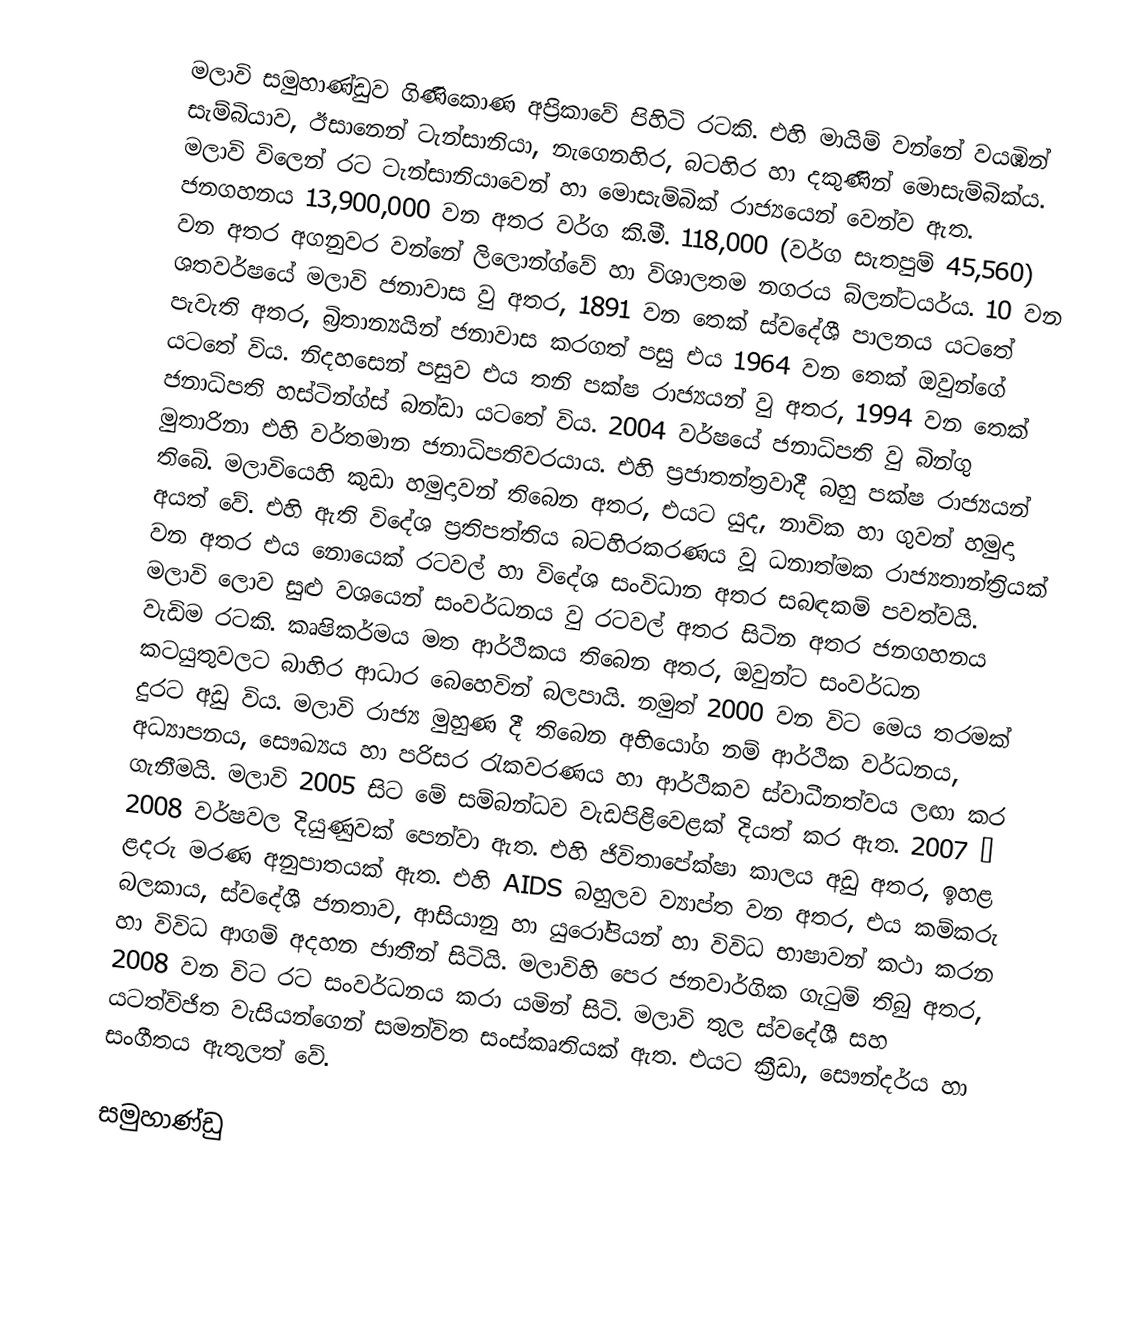
මලාවි සමුහාණ්ඩුව ගිණිකොණ අප්‍රිකාවේ පිහිටි රටකි. එහි මායිම් වන්නේ වයඹින් සැම්බියාව, ඊසානෙන් ටැන්සානියා, නැගෙනහිර, බටහිර හා දකුණින් මොසැම්බික්ය. මලාවි විලෙන් රට ටැන්සානියාවෙන් හා මොසැම්බික් රාජ්‍යයෙන් වෙන්ව ඇත. ජනගහනය 13,900,000 වන අතර වර්ග කි.මී. 118,000 (වර්ග සැතපුම් 45,560) වන අතර අගනුවර වන්නේ ලිලොන්ග්වේ හා විශාලතම නගරය බ්ලන්ටයර්ය. 10 වන ශතවර්ෂයේ මලාවි ජනාවාස වු අතර, 1891 වන තෙක් ස්වදේශී පාලනය යටතේ පැවැති අතර, බ්‍රිතාන්‍යයින් ජනාවාස කරගත් පසු එය 1964 වන තෙක් ඔවුන්ගේ යටතේ විය. නිදහ‍සෙන් පසුව එය තනි පක්ෂ රාජ්‍යයන් වු අතර, 1994 වන තෙක් ජනාධිපති හස්ටින්ග්ස් බන්ඩා යටතේ විය. 2004 වර්ෂයේ ජනාධිපති වු බින්ගු මුතාරිනා  එහි වර්තමාන ජනාධිපතිවරයාය. එහි ප්‍රජාතන්ත්‍රවාදී බහු පක්ෂ රාජ්‍යයන් තිබේ. මලාවියෙහි කුඩා හමුදාවන් තිබෙන අතර, එයට යුද, නාවික හා ගුවන් හමුදා අයත් වේ. එහි ඇති විදේශ ප්‍රතිපත්තිය බටහිරකරණය වූ ධනාත්මක රාජ්‍යතාන්ත්‍රියක් වන අතර එය නොයෙක් රටවල් හා විදේශ සංවිධාන අතර සබඳකම් පවත්වයි. මලාවි ලොව සුළු වශයෙන් සංවර්ධනය වු රටවල් අතර සිටින අතර ජනගහනය වැඩිම රටකි. කෘෂිකර්මය මත ආර්ථිකය තිබෙන අතර, ඔවුන්ට සංවර්ධන කටයුතුවලට බාහිර ආධාර බෙහෙවින් බලපායි. නමුත් 2000 වන විට මෙය තරමක් දුරට අඩු විය. මලාවි රාජ්‍ය මුහුණ දී තිබෙන අභියෝග නම් ආර්ථික වර්ධනය, අධ්‍යාපනය, සෞඛ්‍යය හා පරිසර රැකවරණය හා ආර්ථිකව ස්වාධීනත්වය ලඟා කර ගැනීමයි. මලාවි 2005 සිට මේ සම්බන්ධව වැඩපිළිවෙළක් දියත් කර ඇත. 2007 – 2008 වර්ෂවල දියුණුවක් පෙන්වා ඇත. එහි ජිවිතාපේක්ෂා කාලය අඩු අතර, ඉහළ ළදරු මරණ අනුපාතයක් ඇත. එහි AIDS බහුලව ව්‍යාප්ත වන අතර, එය කම්කරු බලකාය, ස්ව‍දේශී ජනතාව, ආසියානු හා යුරෝපියන් හා විවිධ භාෂාවන් කථා කරන හා විවිධ ආගම් අදහන ජාතීන් සිටියි. මලාවිහි පෙර ජනවාර්ගික ගැටුම් තිබු අතර, 2008 වන විට රට සංවර්ධනය කරා යමින් සිටි. මලාවි තුල ස්ව‍දේශී සහ යටත්විජිත වැසියන්ගෙන් සමන්විත සංස්කෘතියක් ඇත. එයට ක්‍රීඩා, සෞන්දර්ය හා සංගීතය ඇතුලත් වේ.

සමුහාණ්ඩු